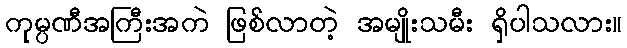
ကုမ္ပဏီအကြီးအကဲ ဖြစ်လာတဲ့ အမျိုးသမီး ရှိပါသလား။